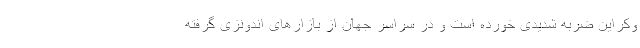
وکراین ضربه شدیدی خورده است و در سراسر جهان از بازارهای اندونزی گرفته